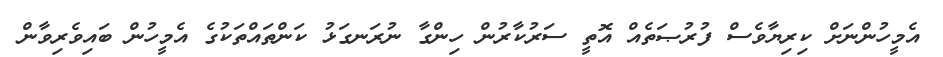
އެމީހުންނަށް ކިރިޔާވެސް ފުރުޞަތެއް އޮތީ ސަރުކާރުން ހިންގާ ނުރަނގަޅު ކަންތައްތަކުގެ އެމީހުން ބައިވެރިވާން